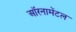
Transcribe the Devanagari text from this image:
ऑरनामेंटल